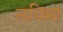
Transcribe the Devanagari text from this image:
लधिमा